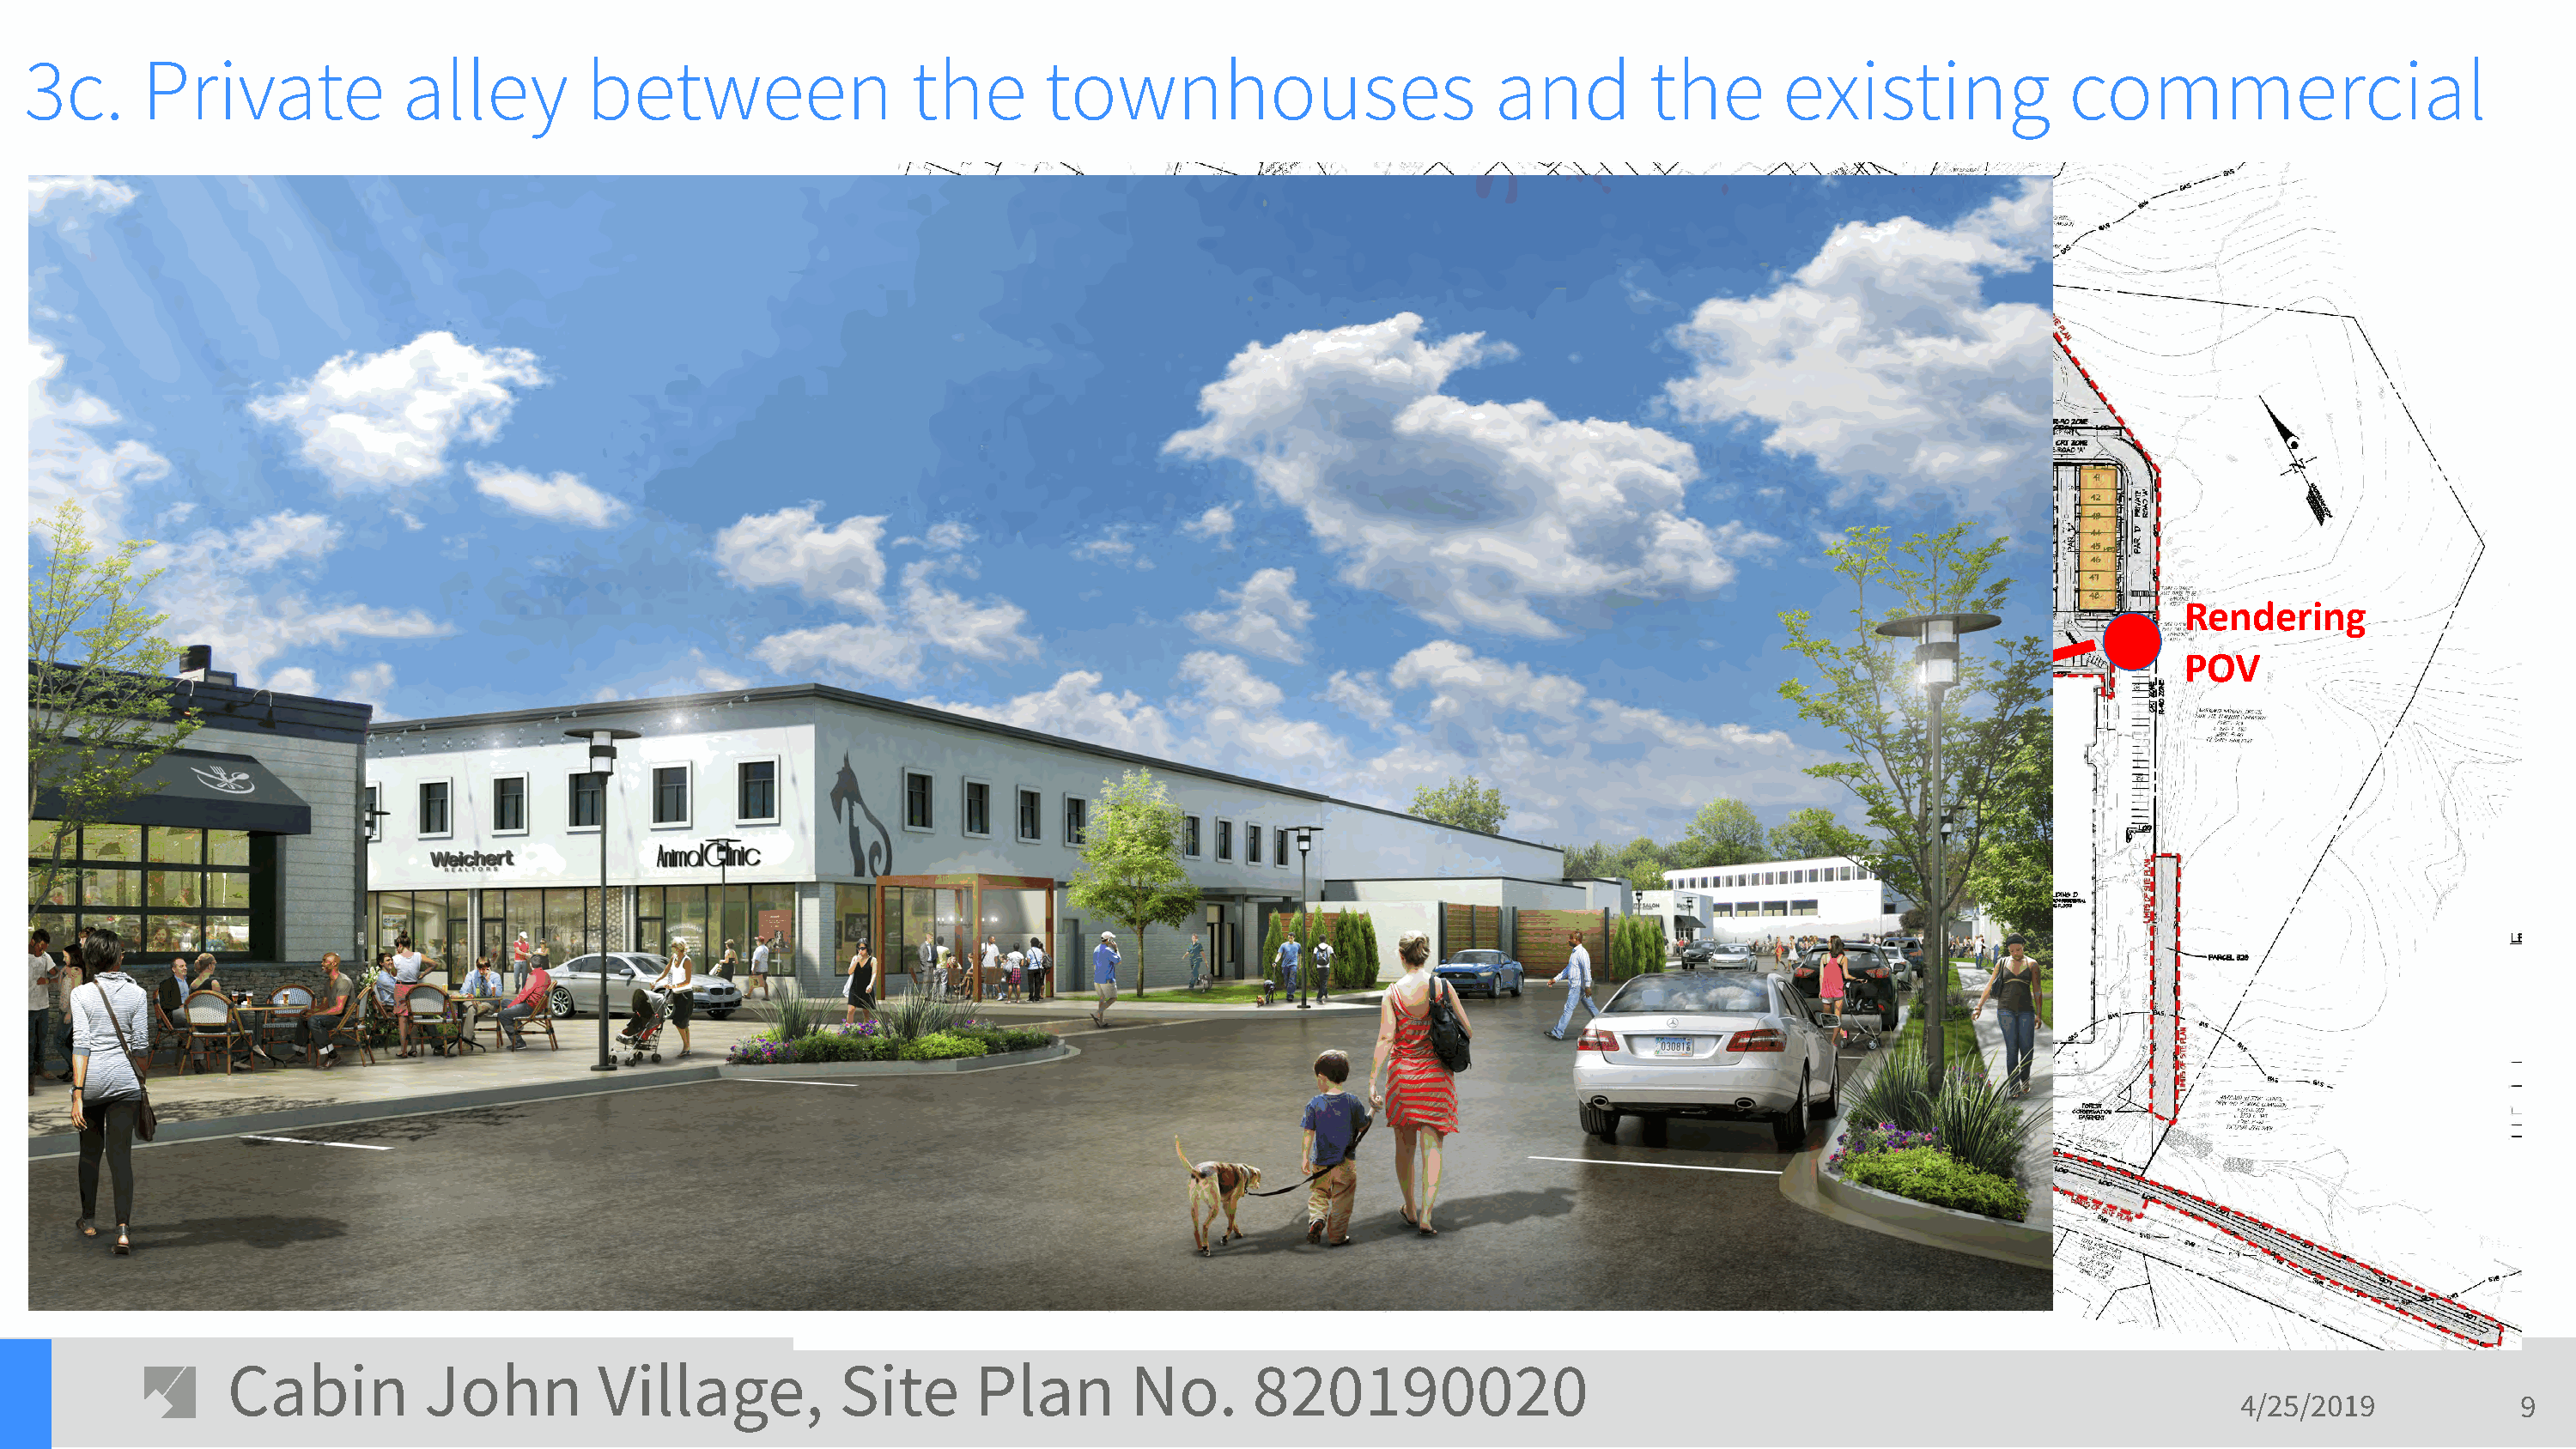
3c.      Private             alley         between                  the       townhouses                         and         the       existing              commercial
 E-3
 E-1          E-2
 Existing
 Rendering
 Building A
 A-1                                                                                               POV
 B-4       C-3
 A-4                Existing
 Building B
 A-3
 Cabin          John         Village,           Site      Plan        No.       820190020
 4/25/2019            9